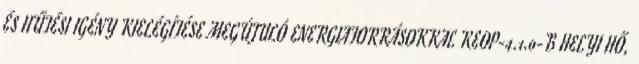
ÉS HŰTÉSI IGÉNY KIELÉGÍTÉSE MEGÚJULÓ ENERGIAFORRÁSOKKAL KEOP-4.1.0-B HELYI HŐ,